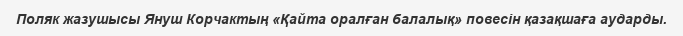
Поляк жазушысы Януш Корчактың «Қайта оралған балалық» повесін қазақшаға аударды.